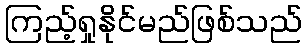
ကြည့်ရှုနိုင်မည်ဖြစ်သည်